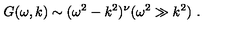
\ G ( \omega , k ) \sim ( \omega ^ { 2 } - k ^ { 2 } ) ^ { \nu } ( \omega ^ { 2 } \gg k ^ { 2 } ) \ .